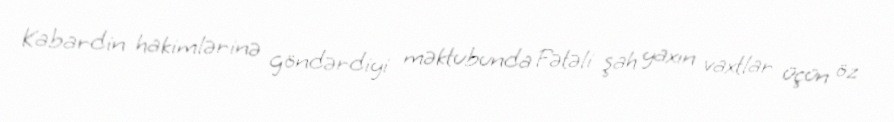
Kabardin hakimlərinə göndərdiyi məktubunda Fətəli şah yaxın vaxtlar üçün öz